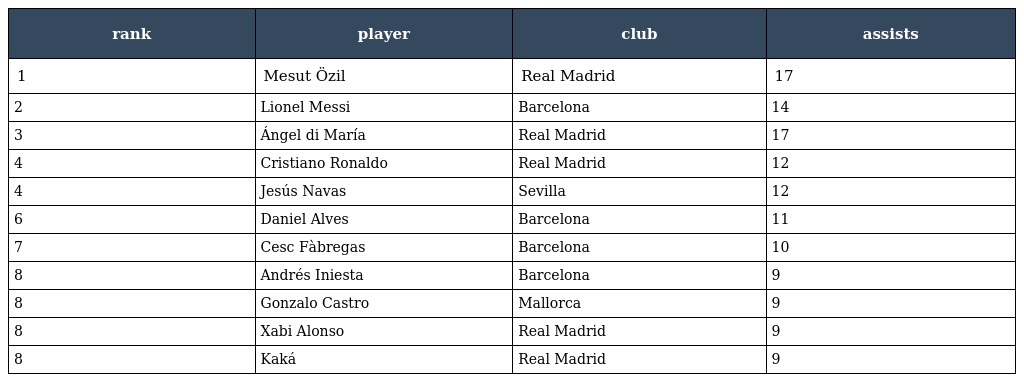
| rank | player | club | assists |
 | --- | --- | --- | --- |
 | 1 | Mesut Özil | Real Madrid | 17 |
 | 2 | Lionel Messi | Barcelona | 14 |
 | 3 | Ángel di María | Real Madrid | 17 |
 | 4 | Cristiano Ronaldo | Real Madrid | 12 |
 | 4 | Jesús Navas | Sevilla | 12 |
 | 6 | Daniel Alves | Barcelona | 11 |
 | 7 | Cesc Fàbregas | Barcelona | 10 |
 | 8 | Andrés Iniesta | Barcelona | 9 |
 | 8 | Gonzalo Castro | Mallorca | 9 |
 | 8 | Xabi Alonso | Real Madrid | 9 |
 | 8 | Kaká | Real Madrid | 9 |